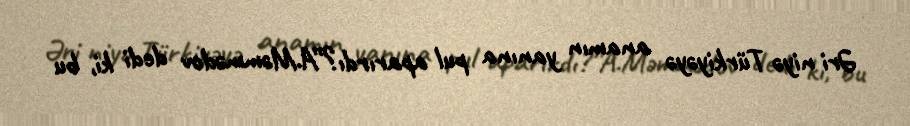
Əri niyə Türkiyəyə anamın yanına pul aparırdı?”A.Məmmədov dedi ki, bu